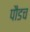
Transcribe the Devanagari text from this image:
पौडच